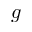
g